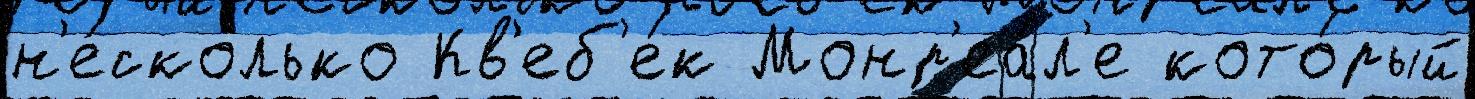
н'е́сколько Кв'еб'е́к Монр'еа́л'е кото́рый